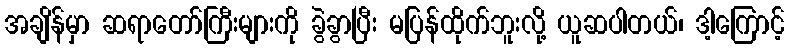
အချိန်မှာ ဆရာတော်ကြီးများကို ခွဲခွာပြီး မပြန်ထိုက်ဘူးလို့ ယူဆပါတယ်၊ ဒါ့ကြောင့်